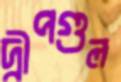
দ্বীপগুল